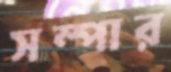
সম্পার